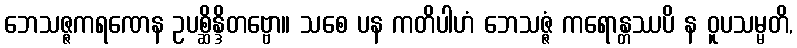
ဘေသဇ္ဇကရဏေန ဥပစ္ဆိန္ဒိတဗ္ဗော။ သစေ ပန ကတိပါဟံ ဘေသဇ္ဇံ ကရောန္တဿပိ န ဝူပသမ္မတိ,